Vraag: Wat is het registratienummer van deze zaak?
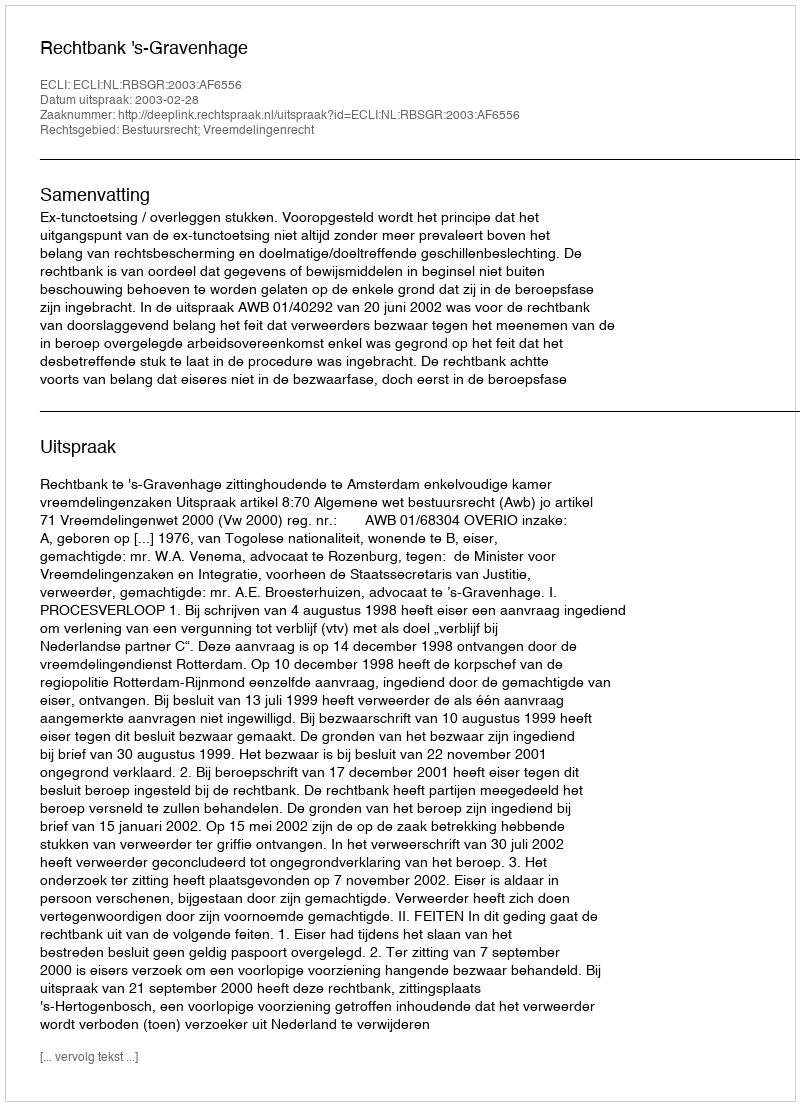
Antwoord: http://deeplink.rechtspraak.nl/uitspraak?id=ECLI:NL:RBSGR:2003:AF6556